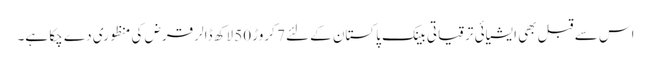
اس سے قبل بھی ایشیائی ترقیاتی بینک پاکستان کےلئے 7 کروڑ 50 لاکھ ڈالر قرض کی منظوری دے چکا ہے۔